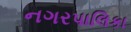
નગરપાલિકા